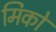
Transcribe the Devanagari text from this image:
मिकों